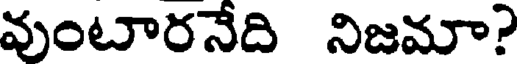
వుంటారనేది నిజమా?